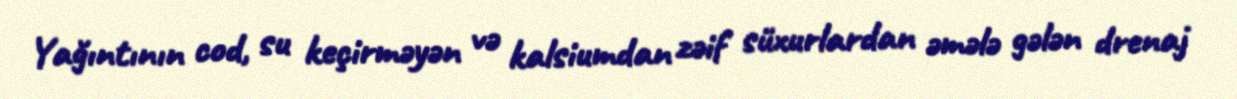
Yağıntının cod, su keçirməyən və kalsiumdan zəif süxurlardan əmələ gələn drenaj